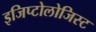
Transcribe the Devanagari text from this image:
इजिप्टोलोजिस्ट